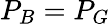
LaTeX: P_{B}=P_{G}